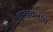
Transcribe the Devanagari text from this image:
दाखवलीच